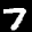
Label: 7